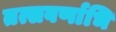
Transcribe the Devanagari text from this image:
तत्सवर्णाभि